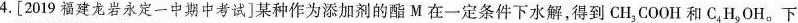
4.[2019福建龙岩永定一中期中考试]某种作为添加剂的酯M在一定条件下水解，得到CH_{3}COOH和C_{4}H_{9}OH。下